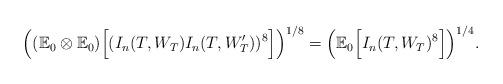
LaTeX: \begin{align*}\Big((\mathbb E_0\otimes \mathbb E_0)\Big[(I_n(T,W_T)I_n(T,W_T^{\prime}))^8\Big]\Big)^{1/8}=\Big(\mathbb E_0\Big[I_n(T,W_T)^8\Big]\Big)^{1/4}.\end{align*}